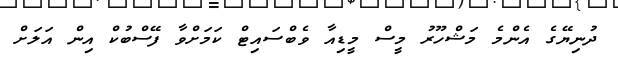
ދުނިޔޭގެ އެންމެ މަޝްހޫރު މީސް މީޑިއާ ވެބްސައިޓް ކަމަށްވާ ފޭސްބުކް އިން އަލަށް